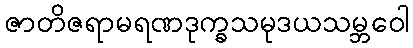
ဇာတိဇရာမရဏဒုက္ခသမုဒယသမ္ဘဝေါ